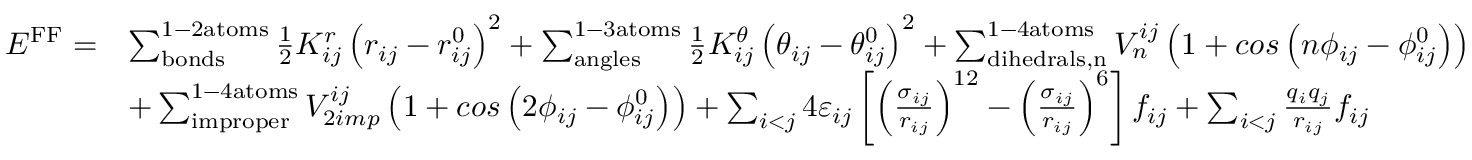
\begin{array} { r l } { E ^ { \mathrm { F F } } = } & { \sum _ { \mathrm { b o n d s } } ^ { \mathrm { 1 - 2 a t o m s } } \frac { 1 } { 2 } K _ { i j } ^ { r } \left( r _ { i j } - r _ { i j } ^ { 0 } \right) ^ { 2 } + \sum _ { \mathrm { a n g l e s } } ^ { \mathrm { 1 - 3 a t o m s } } \frac { 1 } { 2 } K _ { i j } ^ { \theta } \left( \theta _ { i j } - \theta _ { i j } ^ { 0 } \right) ^ { 2 } + \sum _ { \mathrm { d i h e d r a l s , n } } ^ { \mathrm { 1 - 4 a t o m s } } V _ { n } ^ { i j } \left( 1 + c o s \left( n \phi _ { i j } - \phi _ { i j } ^ { 0 } \right) \right) } \\ & { + \sum _ { \mathrm { i m p r o p e r } } ^ { \mathrm { 1 - 4 a t o m s } } V _ { 2 i m p } ^ { i j } \left( 1 + c o s \left( 2 \phi _ { i j } - \phi _ { i j } ^ { 0 } \right) \right) + \sum _ { i < j } 4 \varepsilon _ { i j } \left[ \left( \frac { \sigma _ { i j } } { r _ { i j } } \right) ^ { 1 2 } - \left( \frac { \sigma _ { i j } } { r _ { i j } } \right) ^ { 6 } \right] f _ { i j } + \sum _ { i < j } \frac { q _ { i } q _ { j } } { r _ { i j } } f _ { i j } } \end{array}